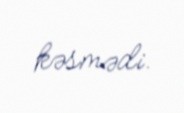
kəsmədi.